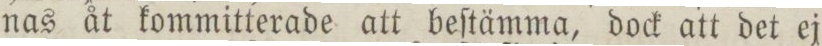
nas åt kommitterade att beſtämma, dock att det ej